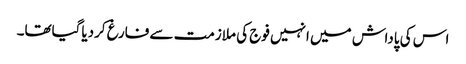
اس کی پاداش میں انہیں فوج کی ملازمت سے فارغ کردیاگیاتھا۔